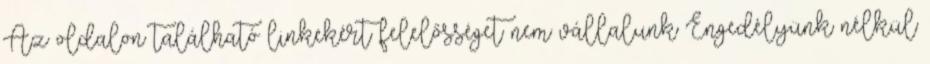
Az oldalon található linkekért felelősséget nem vállalunk Engedélyünk nélkül